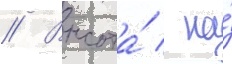
// Высота́ / на́